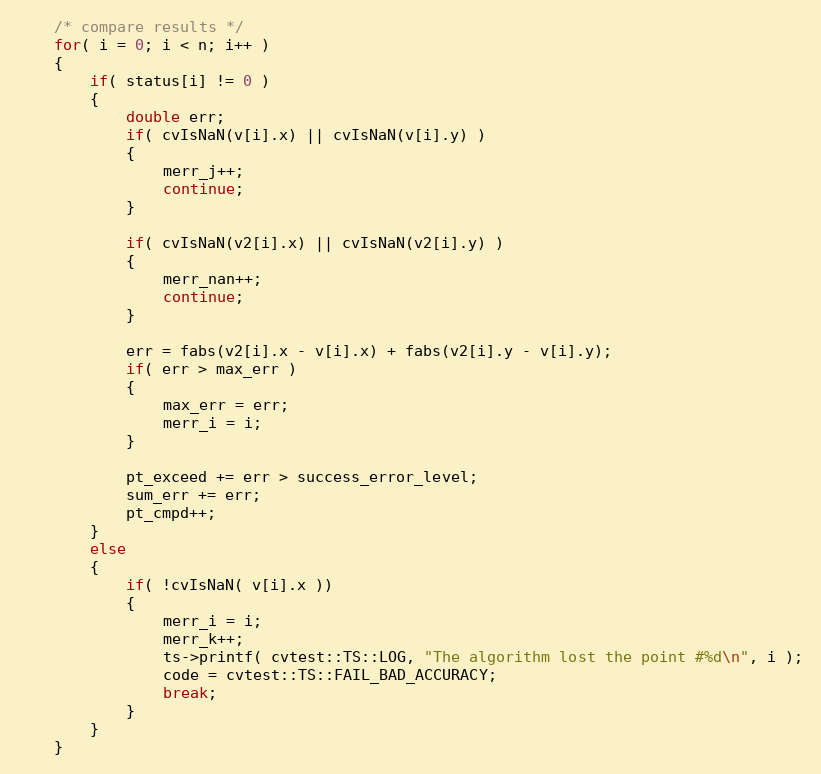
Language: C++
    /* compare results */
    for( i = 0; i < n; i++ )
    {
        if( status[i] != 0 )
        {
            double err;
            if( cvIsNaN(v[i].x) || cvIsNaN(v[i].y) )
            {
                merr_j++;
                continue;
            }

            if( cvIsNaN(v2[i].x) || cvIsNaN(v2[i].y) )
            {
                merr_nan++;
                continue;
            }

            err = fabs(v2[i].x - v[i].x) + fabs(v2[i].y - v[i].y);
            if( err > max_err )
            {
                max_err = err;
                merr_i = i;
            }

            pt_exceed += err > success_error_level;
            sum_err += err;
            pt_cmpd++;
        }
        else
        {
            if( !cvIsNaN( v[i].x ))
            {
                merr_i = i;
                merr_k++;
                ts->printf( cvtest::TS::LOG, "The algorithm lost the point #%d\n", i );
                code = cvtest::TS::FAIL_BAD_ACCURACY;
                break;
            }
        }
    }